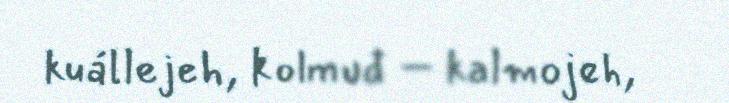
kuállejeh, kolmuđ – kalmojeh,